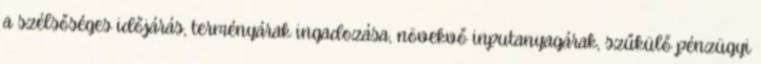
a szélsőséges időjárás, terményárak ingadozása, növekvő inputanyagárak, szűkülő pénzügyi